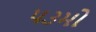
૫૩મો